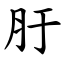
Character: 䏏